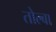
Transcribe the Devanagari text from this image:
तोल्बा